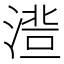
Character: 𱧾